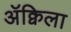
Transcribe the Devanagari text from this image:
ॲक्विला